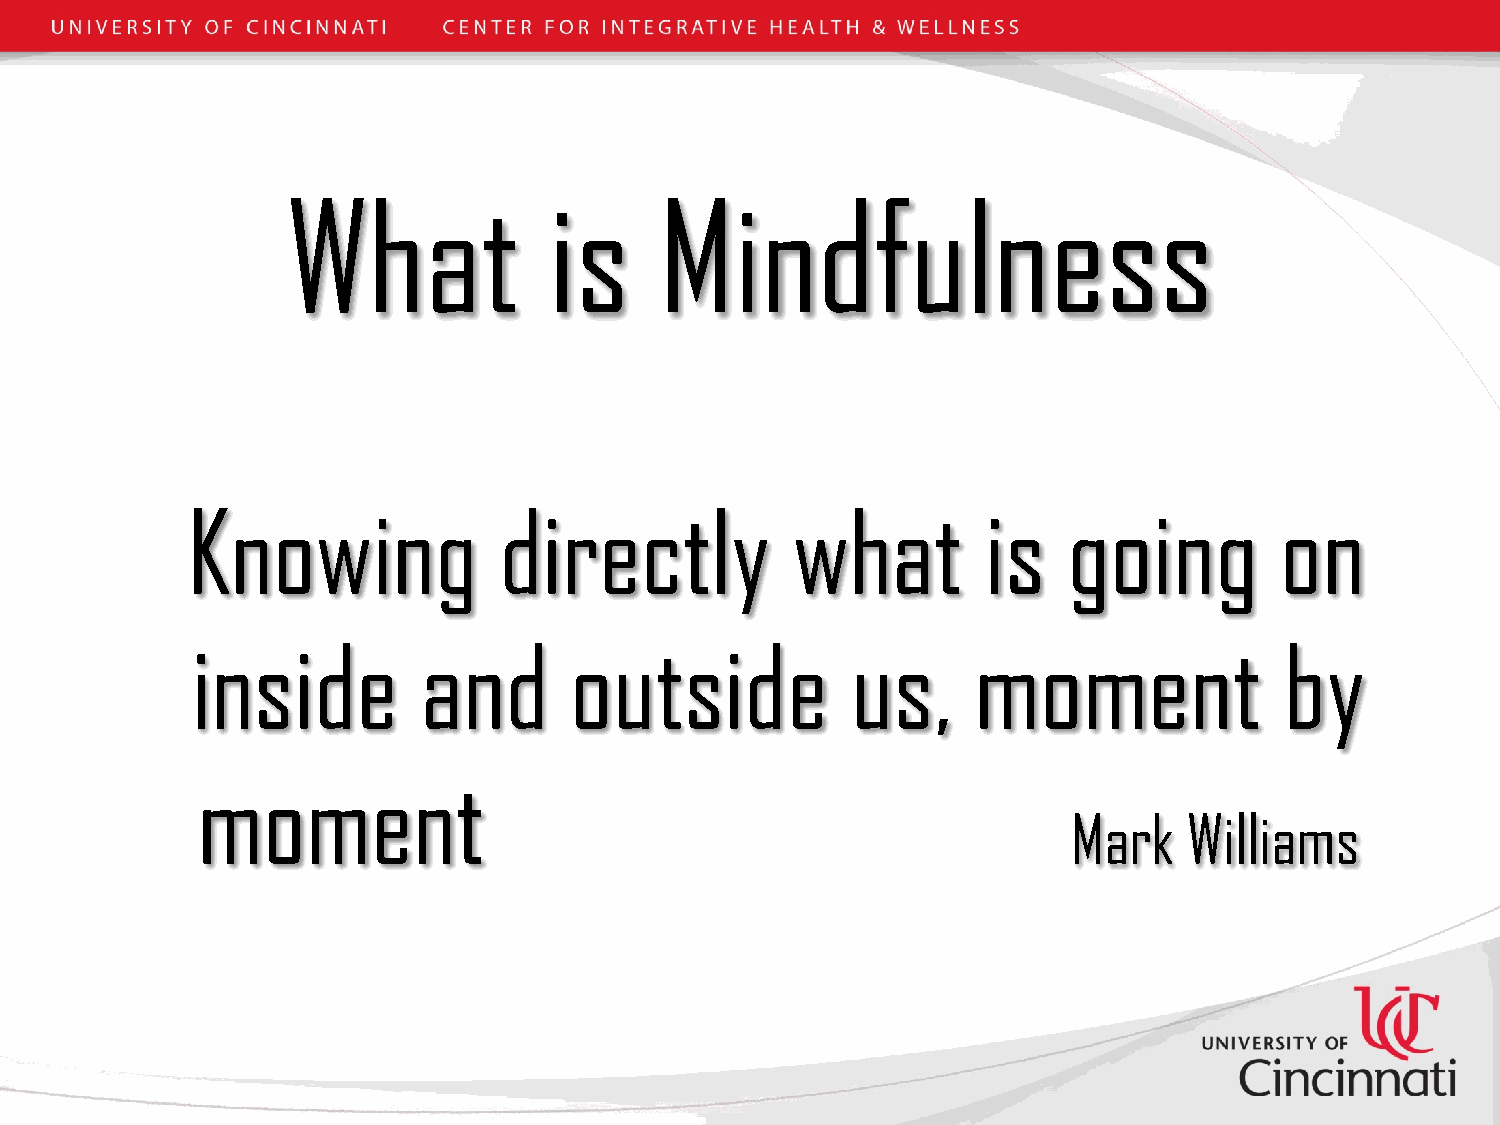
What             is      Mindfulness
 Knowing              directly           what         is    going         on
 inside         and       outside           us,      moment              by
 moment
 Mark    Williams